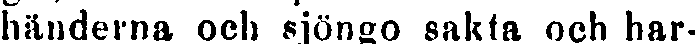
händerna och sjöngo sakta och har-